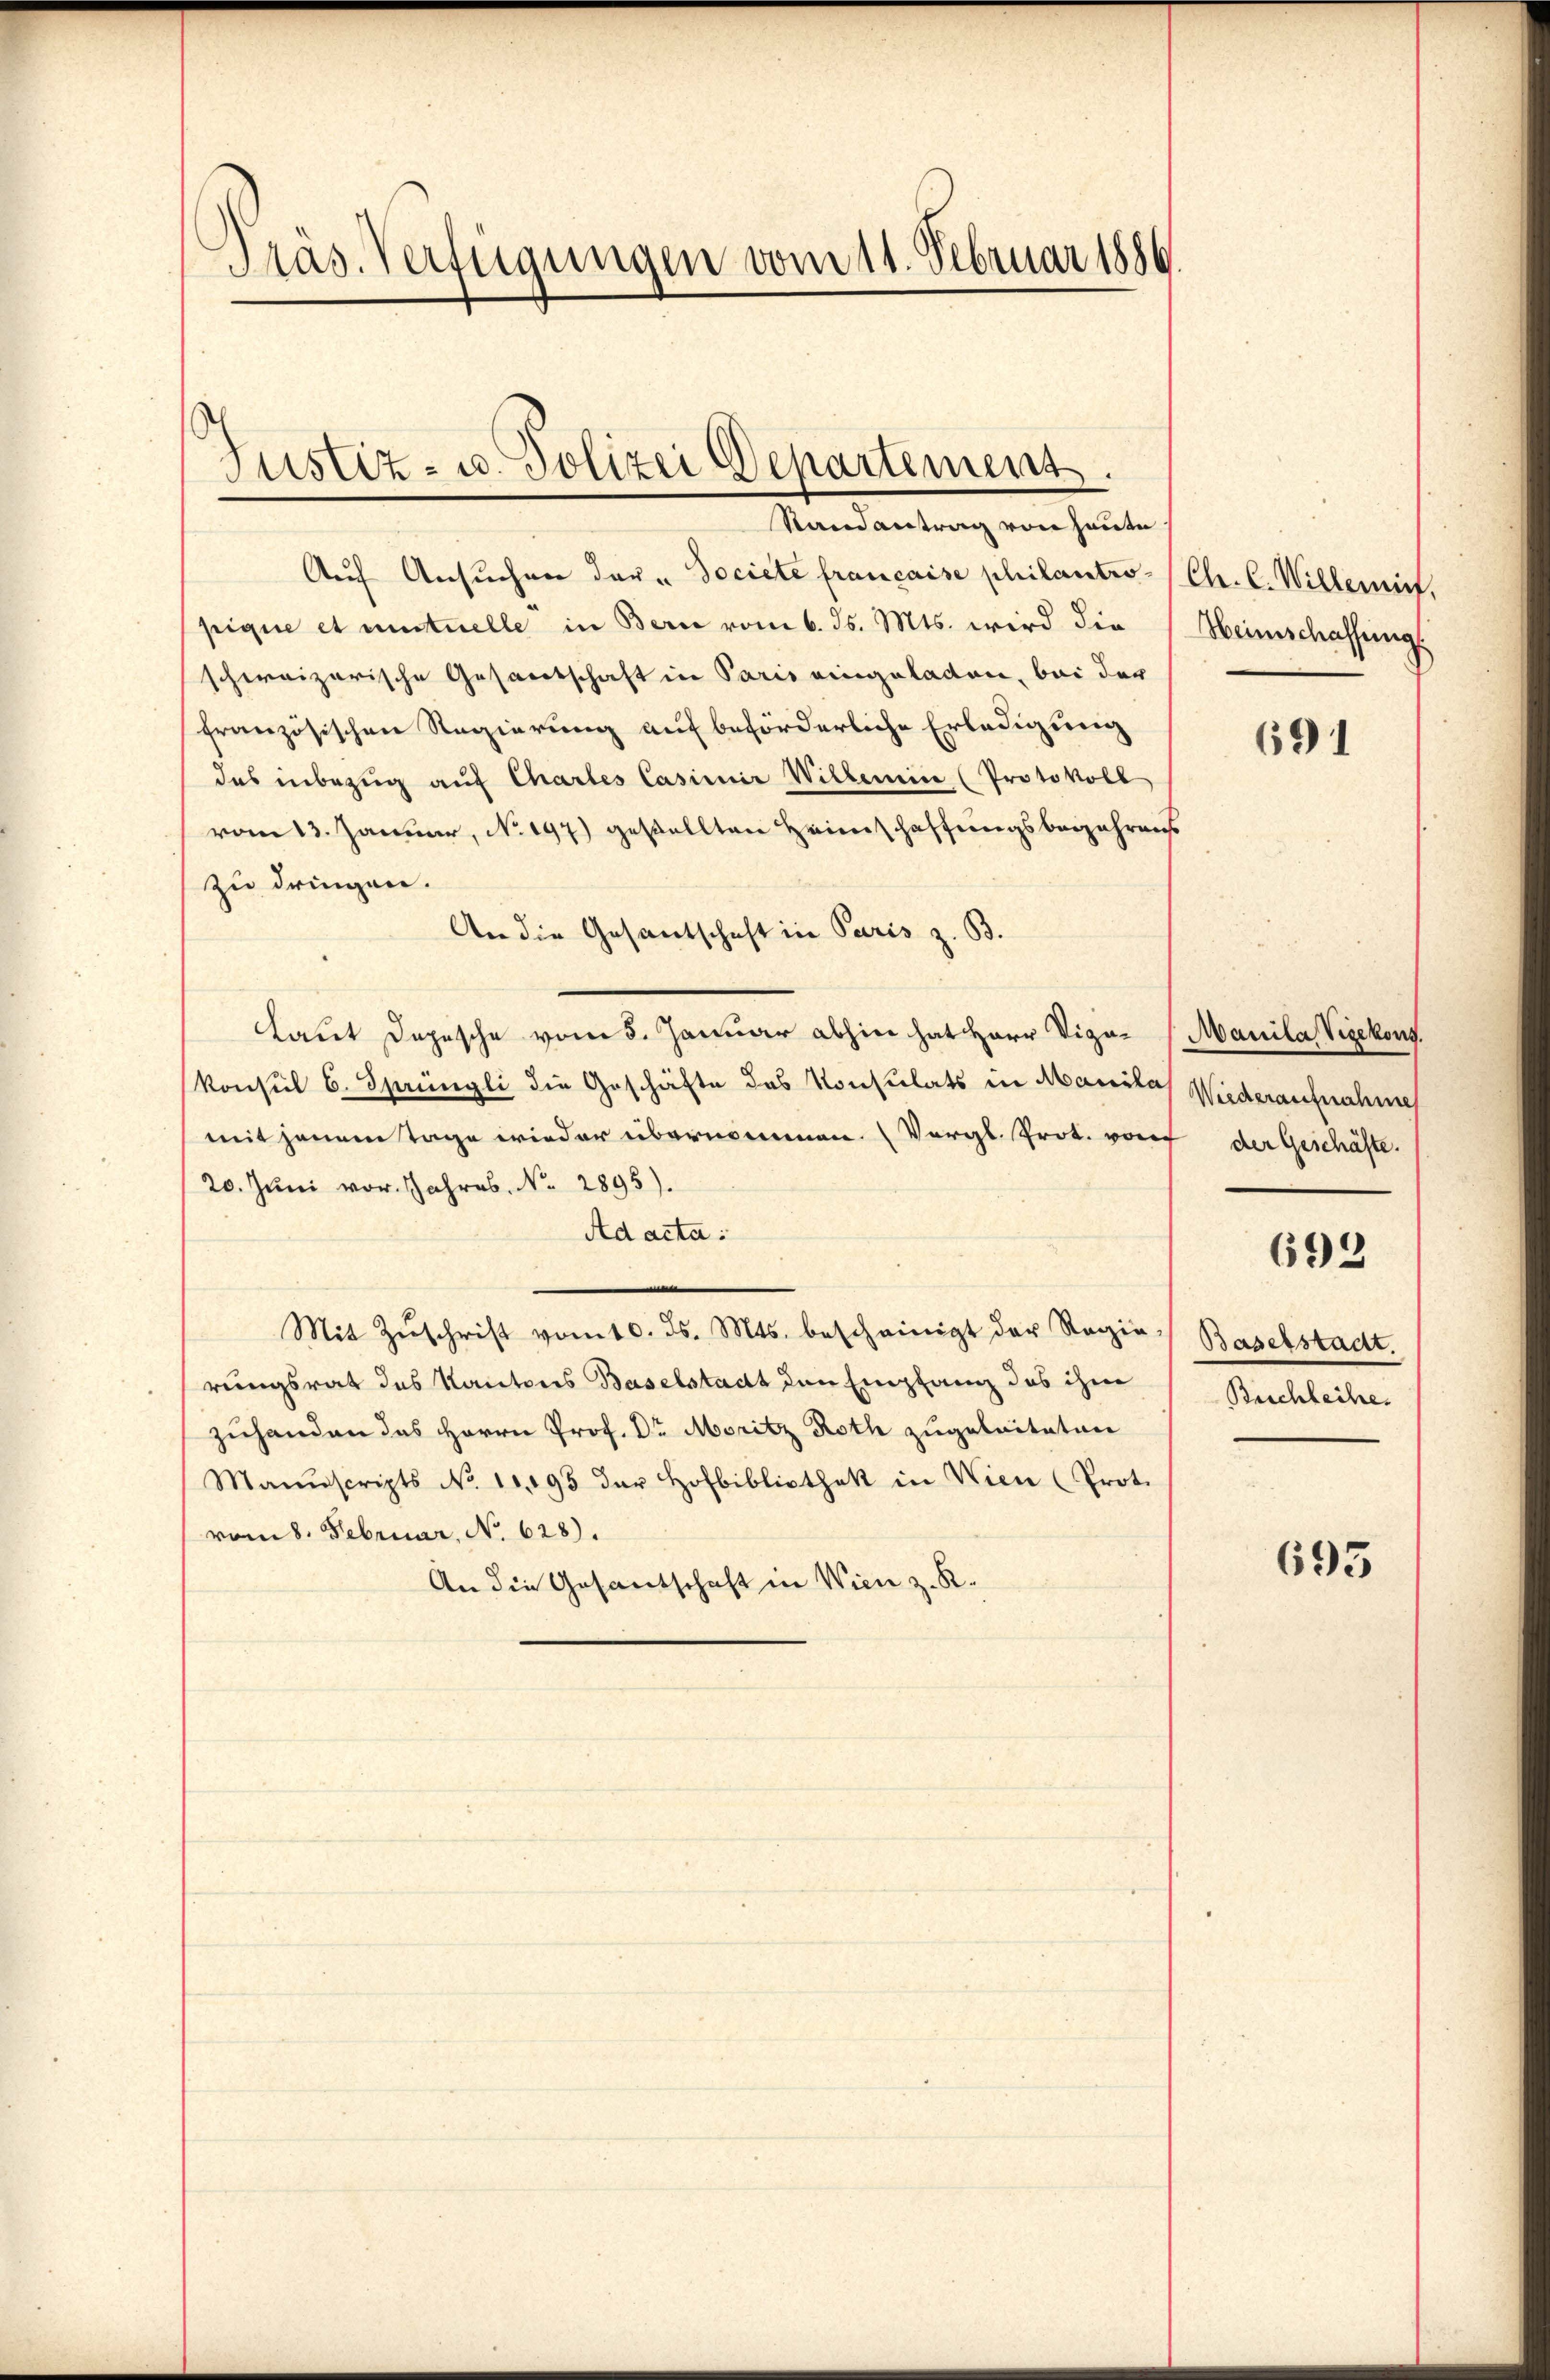
Präs. Verfügungen vom 11. Februar 1886.

Justiz- u. Polizei Departement.

Randantrag von heute
Auf Ansuchen dar. Dociete francaise philantro- (Chr. C. Willerief,
pique et mutuelle in Bern vom 6. ds. Mts. wird die
schweizerische Gesandtschaft in Paris eingeladen, bei der
französischen Regierung auf beförderliche Erledigung
das inbezug auf Chartes Casimia Willerin (Protokoll
vom 13. Januar, No. 197) gestellten Heimschaffungsbewahrens
zu dringen.
An die Gesantschaft in Paris z. B.
Laut Depesche vom 5. Januar abhin hat Herr Viga- (Manila Vizekons.
konsul 6. Sprüngli die Geschäfte des Konsulats in Manslas Wiederaufnahme
mit jenem Tage wieder übernommen. (Vergl. Prot. von
20. Jŭni vor. Jahres. No. 2895).
Ad acta:
Mit Zŭschrift vom 10. ds. Mts. bescheinigt der Regie-
rungsrat des Kantons Baselstadt den Empfang das ihm
zuhanden das Herrn Prof. Dr. Moritz Roth zugeleiteten
Manuscripts No. 10,195 der Hofbibliothek in Wien (Prot.
vom 8. Februar, No. 628).
An die Gesandschaft in Wien z. R.

Heimschaffung

691

der Geschäfte.
693
Baselstadt.
Beichleihe.

693